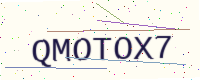
Text: QMOTOX7